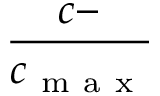
\frac { c - } { c _ { \mathrm { ~ m ~ a ~ x ~ } } }